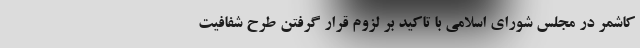
کاشمر در مجلس شورای اسلامی با تاکید بر لزوم قرار گرفتن طرح شفافیت